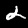
Label: 2